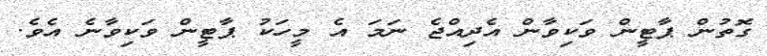
ގޮތުން ޕާޓީން ވަކިވާން އެދިއްޖެ ނަމަ އެ މީހަކު ޕާޓީން ވަކިވާނެ އެވެ.